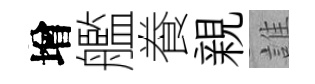
增艦飬親誰